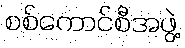
စစ်ကောင်စီအဖွဲ့